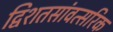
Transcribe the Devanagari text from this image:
द्विशतसांवत्सरिक